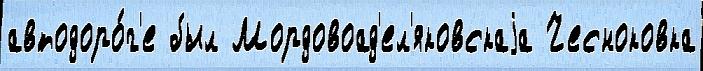
автодоро́г'е был Мордовоад'ел'яковскаjа Чесноковка